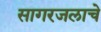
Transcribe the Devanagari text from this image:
सागरजलाचे